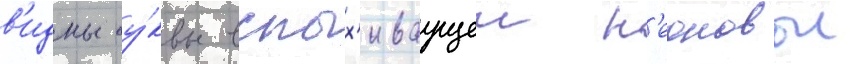
в'идны бу́квы вспых'иваущеи н'еоновои